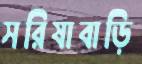
সরিষাবাড়ি